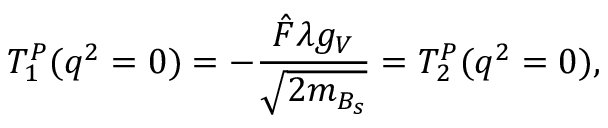
T _ { 1 } ^ { P } ( q ^ { 2 } = 0 ) = - \frac { \hat { F } \lambda g _ { V } } { \sqrt { 2 m _ { B _ { s } } } } = T _ { 2 } ^ { P } ( q ^ { 2 } = 0 ) ,